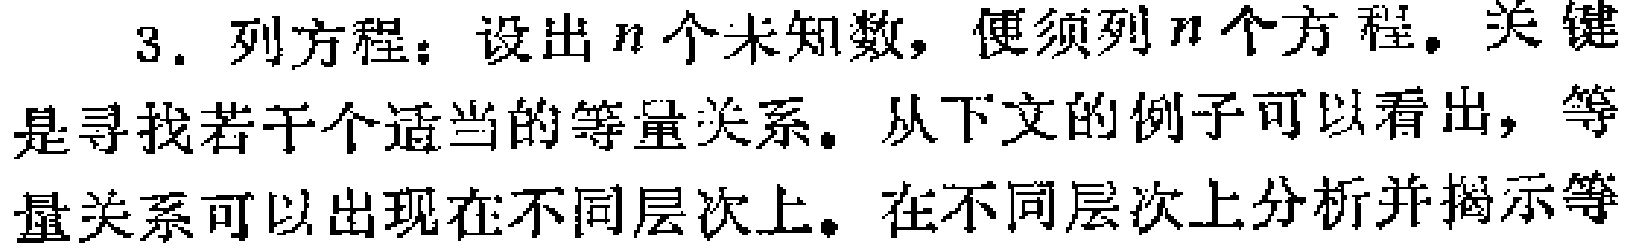
3. 列方程：设出\(n\)个未知数，便须列\(n\)个方程。关键是寻找若干个适当的等量关系。从下文的例子可以看出，等量关系可以出现在不同层次上。在不同层次上分析并揭示等